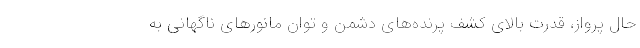
حال پرواز، قدرت بالای کشف پرنده‌های دشمن و توان مانورهای ناگهانی به